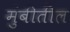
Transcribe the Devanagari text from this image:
मुंबीतील